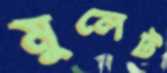
মুলেট